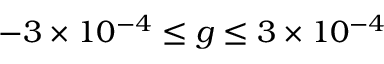
- 3 \times 1 0 ^ { - 4 } \leq g \leq 3 \times 1 0 ^ { - 4 }